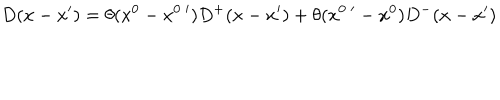
D ( x - x ^ { \prime } ) = \theta ( x ^ { 0 } - x ^ { 0 \; \prime } ) D ^ { + } ( x - x ^ { \prime } ) + \theta ( x ^ { 0 \; \prime } - x ^ { 0 } ) D ^ { - } ( x - x ^ { \prime } ) \ \,